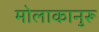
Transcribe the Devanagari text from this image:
मोलाकानुरू